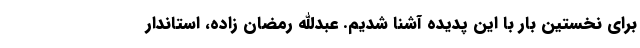
برای نخستین بار با این پدیده آشنا شدیم. عبدالله رمضان زاده، استاندار